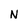
Character: N